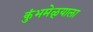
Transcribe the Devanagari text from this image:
कुंभमेळ्याला